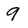
Character: 9